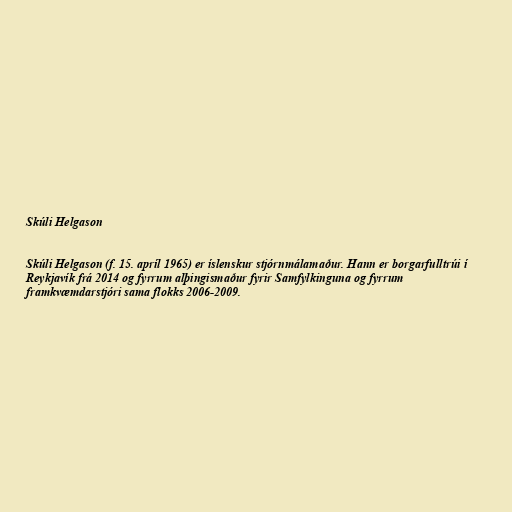
Skúli Helgason

Skúli Helgason (f. 15. apríl 1965) er íslenskur stjórnmálamaður. Hann er borgarfulltrúi í
Reykjavík frá 2014 og fyrrum alþingismaður fyrir Samfylkinguna og fyrrum
framkvæmdarstjóri sama flokks 2006-2009.